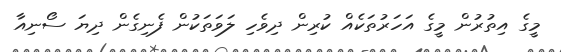
މީގެ އިތުރުން މީގެ އަހަރުތަކެއް ކުރިން ދިވެހި ލަވަތަކުން ފެނިގެން ދިޔަ ސޯނިއާ